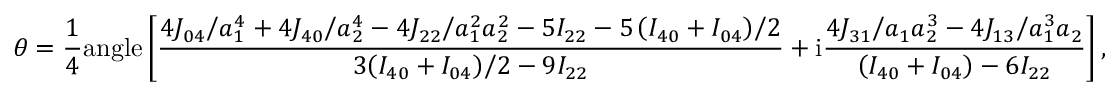
\theta = \frac { 1 } { 4 } \mathrm { { a n g l e } } \left[ \frac { { { { 4 { J _ { 0 4 } } } \mathord { \left/ { \vphantom { { 4 { J _ { 0 4 } } } { a _ { 1 } ^ { 4 } } } } \right. \kern - \nulldelimiterspace } { a _ { 1 } ^ { 4 } } } + { { 4 { J _ { 4 0 } } } \mathord { \left/ { \vphantom { { 4 { J _ { 4 0 } } } { a _ { 2 } ^ { 4 } } } } \right. \kern - \nulldelimiterspace } { a _ { 2 } ^ { 4 } } } - { { 4 { J _ { 2 2 } } } \mathord { \left/ { \vphantom { { 4 { J _ { 2 2 } } } { a _ { 1 } ^ { 2 } a _ { 2 } ^ { 2 } } } } \right. \kern - \nulldelimiterspace } { a _ { 1 } ^ { 2 } a _ { 2 } ^ { 2 } } } - 5 { I _ { 2 2 } } - { { 5 \left( { { I _ { 4 0 } } + { I _ { 0 4 } } } \right) } \mathord { \left/ { \vphantom { { 5 \left( { { I _ { 4 0 } } + { I _ { 0 4 } } } \right) } 2 } } \right. \kern - \nulldelimiterspace } 2 } } } { { 3 { { \left( { { I _ { 4 0 } } + { I _ { 0 4 } } } \right) } \mathord { \left/ { \vphantom { { \left( { { I _ { 4 0 } } + { I _ { 0 4 } } } \right) } 2 } } \right. \kern - \nulldelimiterspace } 2 } - 9 { I _ { 2 2 } } } } + { \mathrm { i } } \frac { { { { 4 { J _ { 3 1 } } } \mathord { \left/ { \vphantom { { 4 { J _ { 3 1 } } } { { a _ { 1 } } a _ { 2 } ^ { 3 } } } } \right. \kern - \nulldelimiterspace } { { a _ { 1 } } a _ { 2 } ^ { 3 } } } - { { 4 { J _ { 1 3 } } } \mathord { \left/ { \vphantom { { 4 { J _ { 1 3 } } } { a _ { 1 } ^ { 3 } { a _ { 2 } } } } } \right. \kern - \nulldelimiterspace } { a _ { 1 } ^ { 3 } { a _ { 2 } } } } } } { { \left( { { I _ { 4 0 } } + { I _ { 0 4 } } } \right) - 6 { I _ { 2 2 } } } } \right] ,